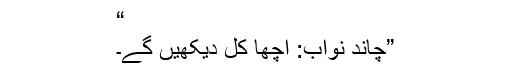
“
”چاند نواب: اچھا کل دیکھیں گے۔